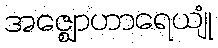
အဇ္ဈောဟာရေယျုံ